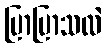
ပြာပြာသလဲ